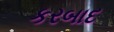
કરબાદ